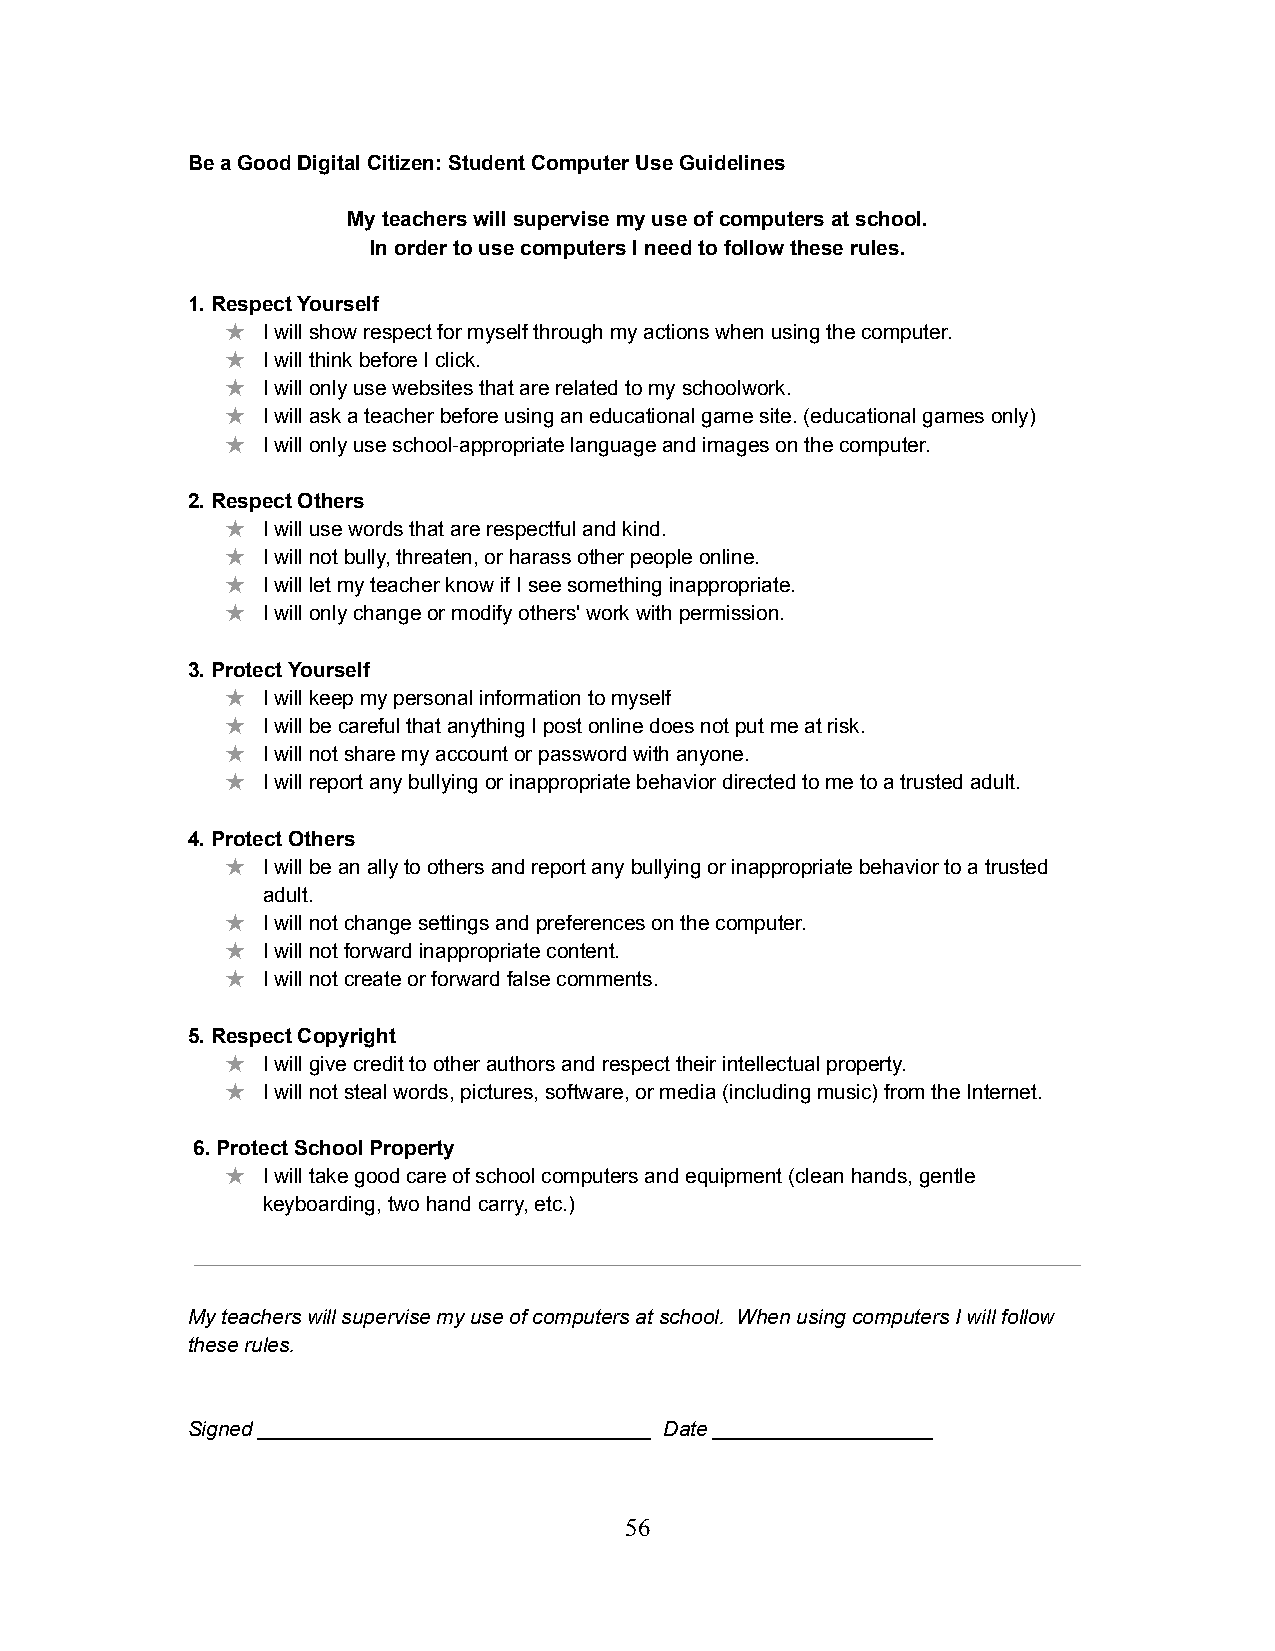
Be a Good Digital Citizen: Student Computer Use Guidelines
 My teachers will supervise my use of computers at school.
 In order to use computers I need to follow these rules.
 1. Respect Yourself
 ★ I will show respect for myself through my actions when using the computer.
 ★ I will think before I click.
 ★ I will only use websites that are related to my schoolwork.
 ★ I will ask a teacher before using an educational game site. (educational games only)
 ★ I will only use school-appropriate language and images on the computer.
 2. Respect Others
 ★ I will use words that are respectful and kind.
 ★ I will not bully, threaten, or harass other people online.
 ★ I will let my teacher know if I see something inappropriate.
 ★ I will only change or modify others' work with permission.
 3. Protect Yourself
 ★ I will keep my personal information to myself
 ★ I will be careful that anything I post online does not put me at risk.
 ★ I will not share my account or password with anyone.
 ★ I will report any bullying or inappropriate behavior directed to me to a trusted adult.
 4. Protect Others
 ★ I will be an ally to others and report any bullying or inappropriate behavior to a trusted
 adult.
 ★ I will not change settings and preferences on the computer.
 ★ I will not forward inappropriate content.
 ★ I will not create or forward false comments.
 5. Respect Copyright
 ★ I will give credit to other authors and respect their intellectual property.
 ★ I will not steal words, pictures, software, or media (including music) from the Internet.
 6. Protect School Property
 ★ I will take good care of school computers and equipment (clean hands, gentle
 keyboarding, two hand carry, etc.)
 My teachers will supervise my use of computers at school. When using computers I will follow
 these rules.
 Signed __________________________________ Date ___________________
 56